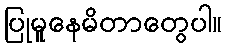
ပြုမူနေမိတာတွေပါ။